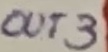
Text: OUT3